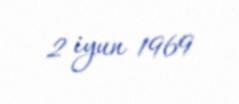
2 iyun 1969